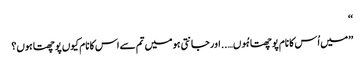
‘‘
’’میں اُس کا نام پوچھتا ہُوں….. اور جانتی ہو میں تم سے اس کا نام کیوں پوچھتا ہوں؟